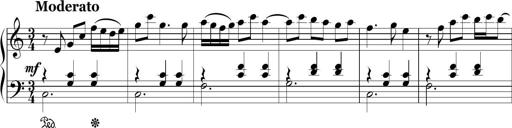
Title: Ten Piano Sonatinas
Composer: Andreas Sain